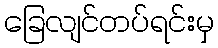
ခြေလျင်တပ်ရင်းမှ